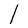
Character: l